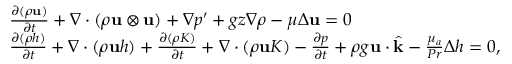
\begin{array} { r l } & { \frac { \partial ( \rho \mathbf u ) } { \partial t } + \nabla \cdot ( \rho \mathbf u \otimes \mathbf u ) + \nabla p ^ { \prime } + g z \nabla \rho - \mu \Delta \mathbf u = \boldsymbol { 0 } } \\ & { \frac { \partial ( \rho h ) } { \partial t } + \nabla \cdot ( \rho \mathbf u h ) + \frac { \partial ( \rho K ) } { \partial t } + \nabla \cdot ( \rho \mathbf u K ) - \frac { \partial p } { \partial t } + \rho g \mathbf u \cdot \widehat { \mathbf k } - \frac { \mu _ { a } } { P r } \Delta h = 0 , } \end{array}